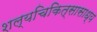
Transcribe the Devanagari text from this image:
शल्यचिकित्सासाध्य